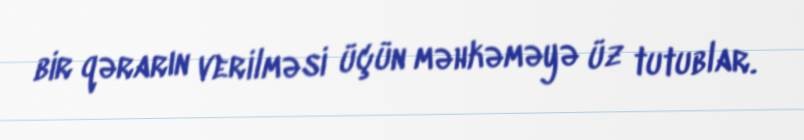
bir qərarın verilməsi üçün məhkəməyə üz tutublar.